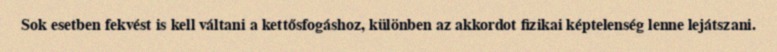
Sok esetben fekvést is kell váltani a kettősfogáshoz, különben az akkordot fizikai képtelenség lenne lejátszani.